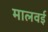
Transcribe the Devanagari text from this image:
मालवई